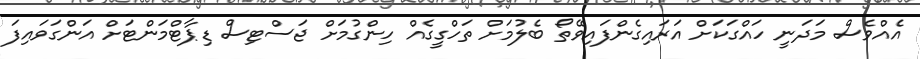
އެއްވެސް މަދަނީ ހައްގަކަށް އަރައިގެންފައިވޭތޯ ބެލުމަށް ތަހްގީގެއް ހިންގުމަށް ޖަސްޓިސް ޑިޕާޓްމަންޓަށް އަންގަވައިފަ